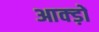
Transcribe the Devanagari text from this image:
आक्ड़ों